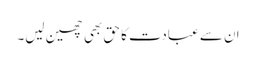
ان سے عبادت کا حق بھی چھین لیں۔